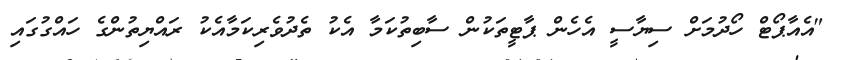
"އެއާޕޯޓް ހޯދުމަށް ސިޔާސީ އެހެން ޕާޓީތަކުން ސާބިތުކަމާ އެކު ތެދުވެރިކަމާއެކު ރައްޔިތުންގެ ހައްގުގައި